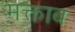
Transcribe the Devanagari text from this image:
मक्ताब